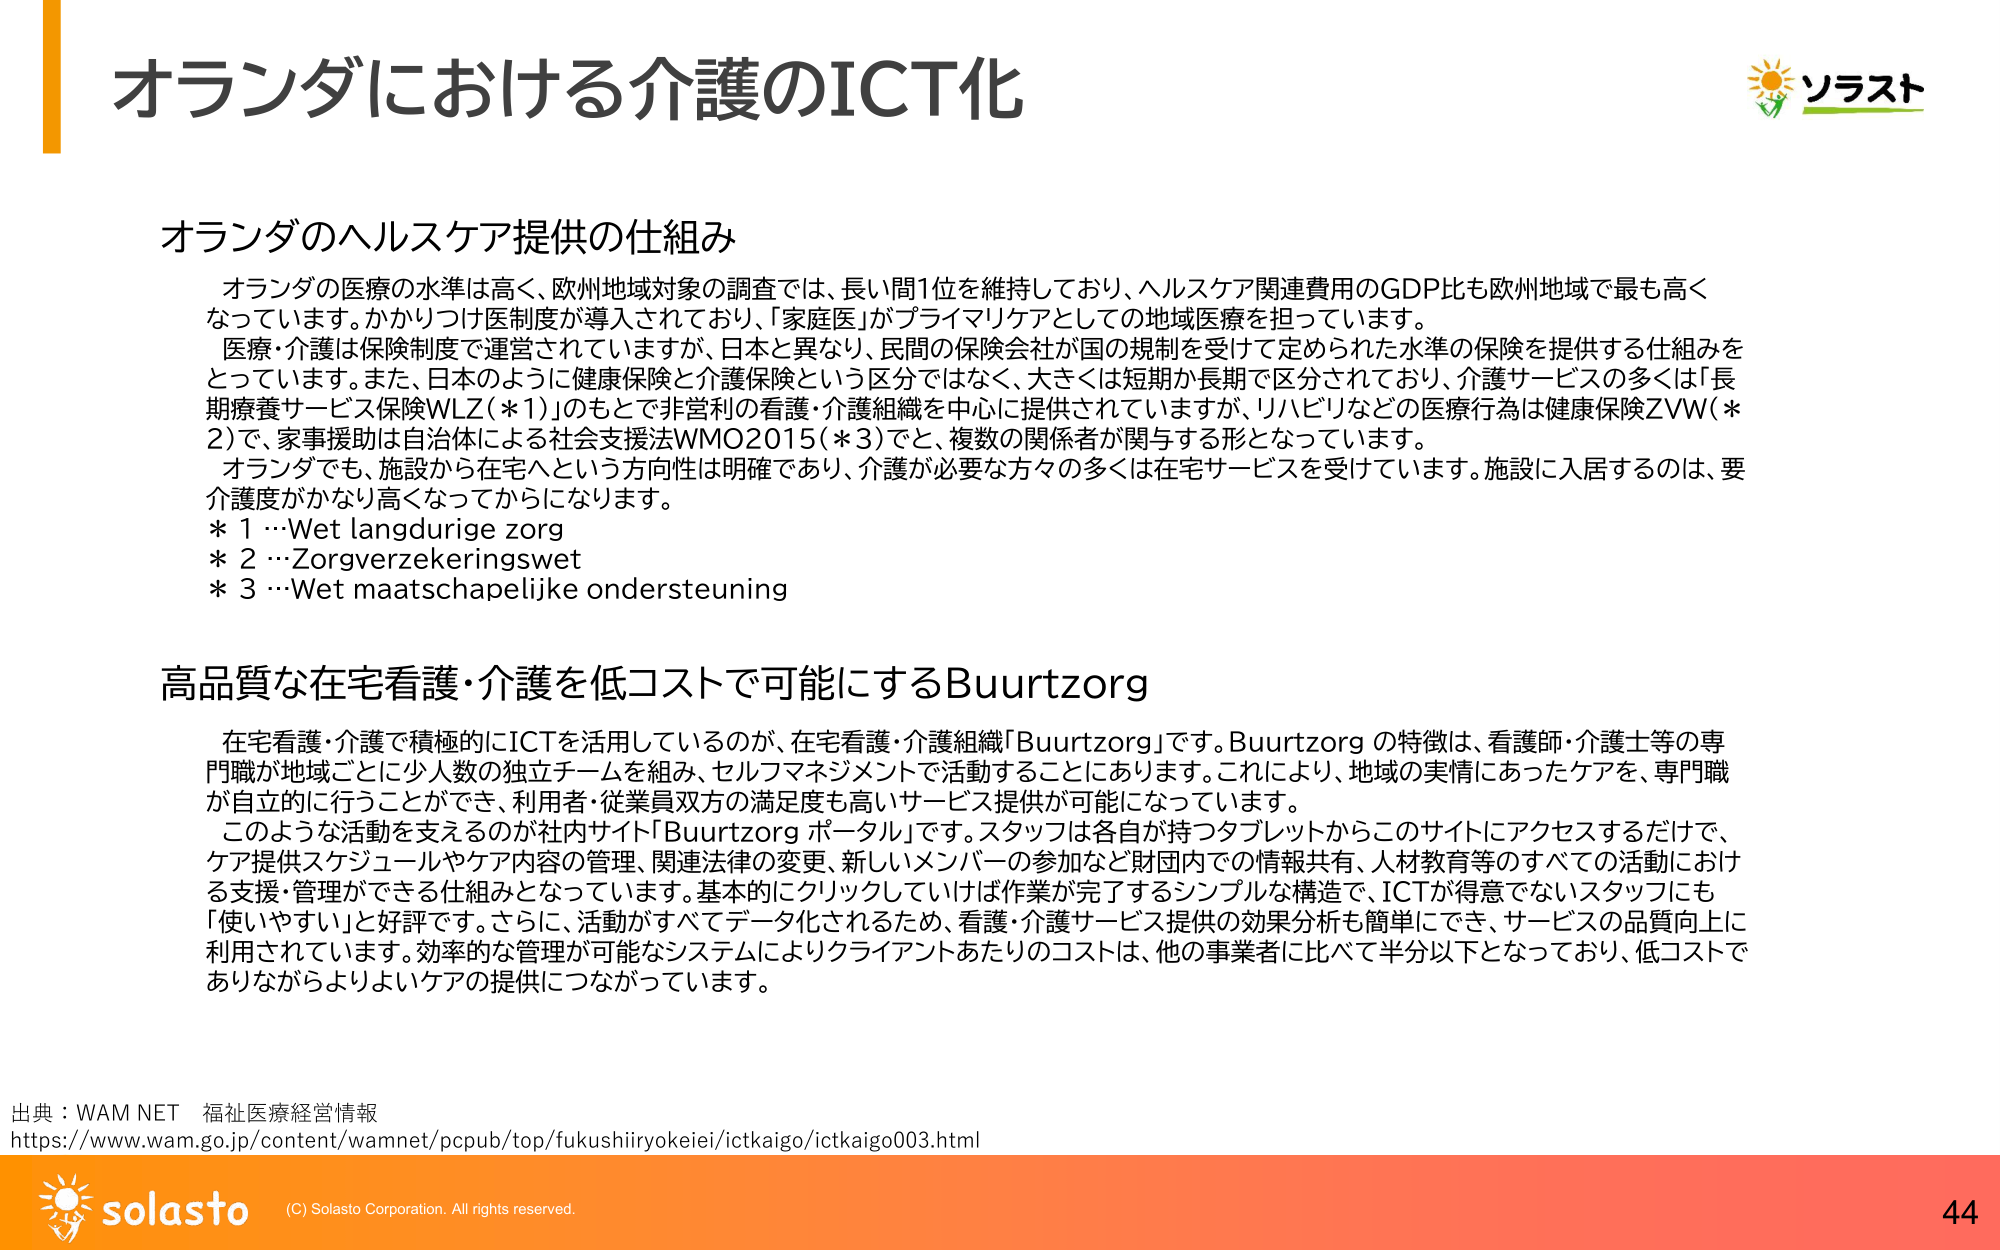
オランダにおける介護のICT化

オランダのヘルスケア提供の仕組み
オランダの医療の水準は高く、欧州地域対象の調査では、長い間1位を維持しており、ヘルスケア関連費用のGDP比も欧州地域で最も高くなっています。かかりつけ医制度が導入されており、「家庭医」がプライマリケアとしての地域医療を担っています。
医療・介護は保険制度で運営されていますが、日本と異なり、民間の保険会社が国の規制を受けて定められた水準の保険を提供する仕組みをとっています。また、日本のように健康保険と介護保険という区分ではなく、大きくは短期か長期で区分されており、介護サービスの多くは「長期療養サービス保険WLZ（＊1）」のもとで非営利の看護・介護組織を中心に提供されていますが、リハビリなどの医療行為は健康保険ZVW（＊2）で、家事援助は自治体による社会支援法WMO2015（＊3）でと、複数の関係者が関与する形となっています。
オランダでも、施設から在宅へという方向性は明確であり、介護が必要な方々の多くは在宅サービスを受けています。施設に入居するのは、要介護度がかなり高くなってからになります。
＊1 …Wet langdurige zorg
＊2 …Zorgverzekeringswet
＊3 …Wet maatschappelijke ondersteuning

高品質な在宅看護・介護を低コストで可能にするBuurtzorg
在宅看護・介護で積極的にICTを活用しているのが、在宅看護・介護組織「Buurtzorg」です。Buurtzorg の特徴は、看護師・介護士等の専門職が地域ごとに少人数の独立チームを組み、セルフマネジメントで活動することにあります。これにより、地域の実情にあったケアを、専門職が自立的に行うことができ、利用者・従業員双方の満足度も高いサービス提供が可能になっています。
このような活動を支えるのが社内サイト「Buurtzorg ポータル」です。スタッフは各自が持つタブレットからこのサイトにアクセスするだけで、ケア提供スケジュールやケア内容の管理、関連法律の変更、新しいメンバーの参加など財団内での情報共有、人材教育等のすべての活動における支援・管理ができる仕組みとなっています。基本的にクリックしていけば作業が完了するシンプルな構造で、ICTが得意でないスタッフにも「使いやすい」と好評です。さらに、活動がすべてデータ化されるため、看護・介護サービス提供の効果分析も簡単にでき、サービスの品質向上に利用されています。効率的な管理が可能なシステムによりクライアントあたりのコストは、他の事業者に比べて半分以下となっており、低コストでありながらよりよいケアの提供につながっています。

出典：WAM NET 福祉医療経営情報
https://www.wam.go.jp/content/wamnet/pcpub/top/fukushiiryokeiei/ictkaigo/ictkaigo003.html

ソラスト
solasto (C) Solasto Corporation. All rights reserved.
44